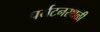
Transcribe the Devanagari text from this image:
पर्यटनस्थळी